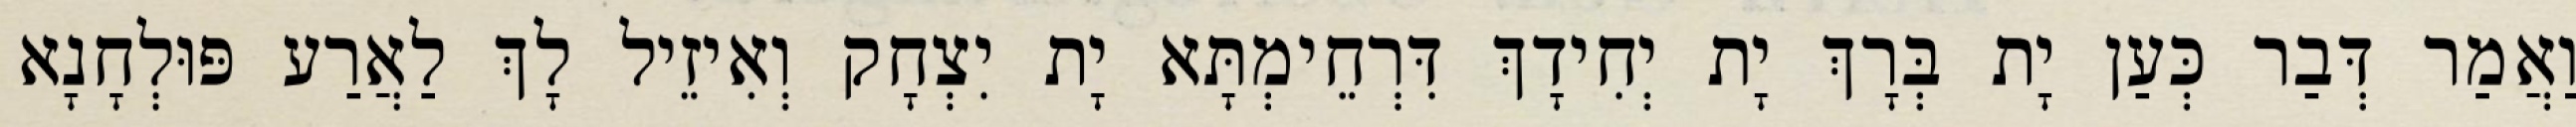
וַאֲמַר דְּבַר כְּעַן יָת בְּרָךְ יָת יְחִידָךְ דִּרְחֵימְתָּא יָת יִצְחָק וְאִיזֵיל לָךְ לַאֲרַע פּוּלְחָנָא